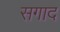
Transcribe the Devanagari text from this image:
सगाद